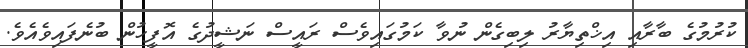
ކުރުމުގެ ބާރާއި އިޚްތިޔާރު ލިބިގެން ނުވާ ކަމުގައިވެސް ރައީސް ނަޝީދުގެ އޮފީހުން ބުނެފައިވެއެވެ.